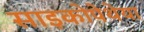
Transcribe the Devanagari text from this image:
साइकोपेथेया